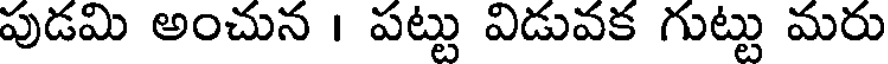
పుడమి అంచున । పట్టు విడువక గుట్టు మరు